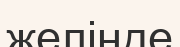
желінде